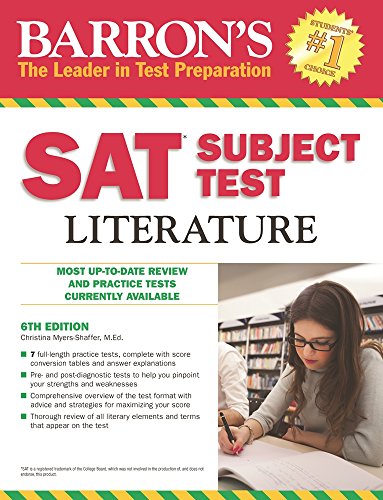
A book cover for Barron's SAT Subject Test Literature, 6th Edition; Christina Myers-Shaffer M.Ed.; Test Preparation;